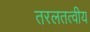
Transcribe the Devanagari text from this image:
तरलतत्वीय